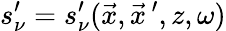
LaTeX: s_{\nu}^{\prime}=s_{\nu}^{\prime}(\vec{x},\vec{x}\, ^{\prime},z,\omega)